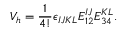
V _ { h } = { \frac { 1 } { 4 ! } } \epsilon _ { I J K L } E _ { 1 2 } ^ { I J } E _ { 3 4 } ^ { K L } .